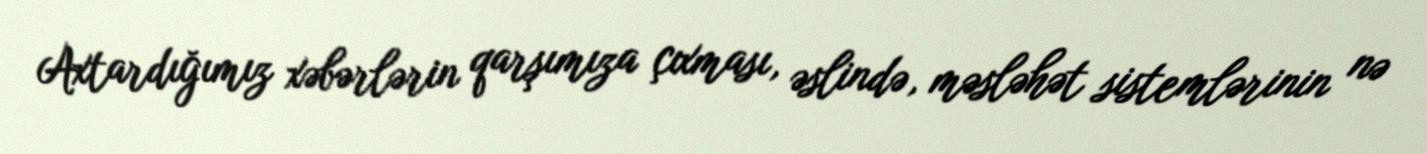
Axtardığımız xəbərlərin qarşımıza çıxması, əslində, məsləhət sistemlərinin nə